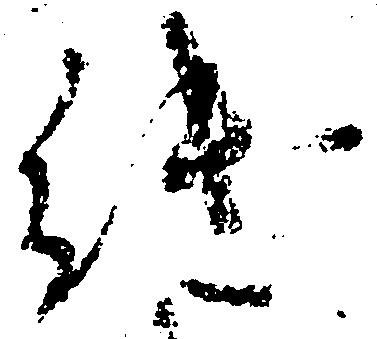
継